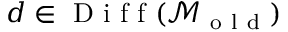
d \in \mathrm { ~ D ~ i ~ f ~ f ~ } ( \mathcal { M } _ { \mathrm { ~ o ~ l ~ d ~ } } )